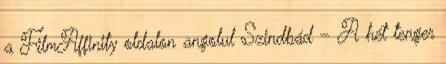
a FilmAffinity oldalon angolul Szindbád – A hét tenger